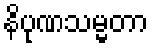
နိပုဏသမ္မတာ